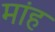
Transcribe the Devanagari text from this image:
मांह